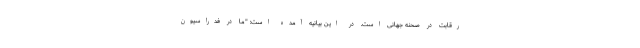
رقابت در صحنه جهانی است. در این بیانیه آمده است: "ما در فدراسیون